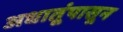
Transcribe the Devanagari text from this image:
अधातूंपासून